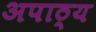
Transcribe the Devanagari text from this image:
अपाठ्य